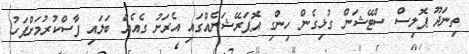
ތިނަދޫ ޕޮލިސް ސްޓޭޝަން ގުޅިގެން ހިންގި އޮޕަރޭޝަނެއްގައި އެރަށު ގެއެއް ބަލައި ފާސްކުރުމަށްފަހު